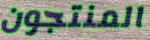
المنتجون